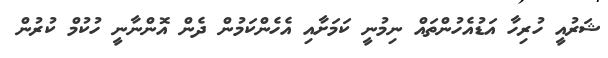
ޝަރުއީ ހުރިހާ އަޑުއެހުންތައް ނިމުނީ ކަމަށާއި އެހެންކަމުން ދެން އޮންނާނީ ހުކުމް ކުރުން